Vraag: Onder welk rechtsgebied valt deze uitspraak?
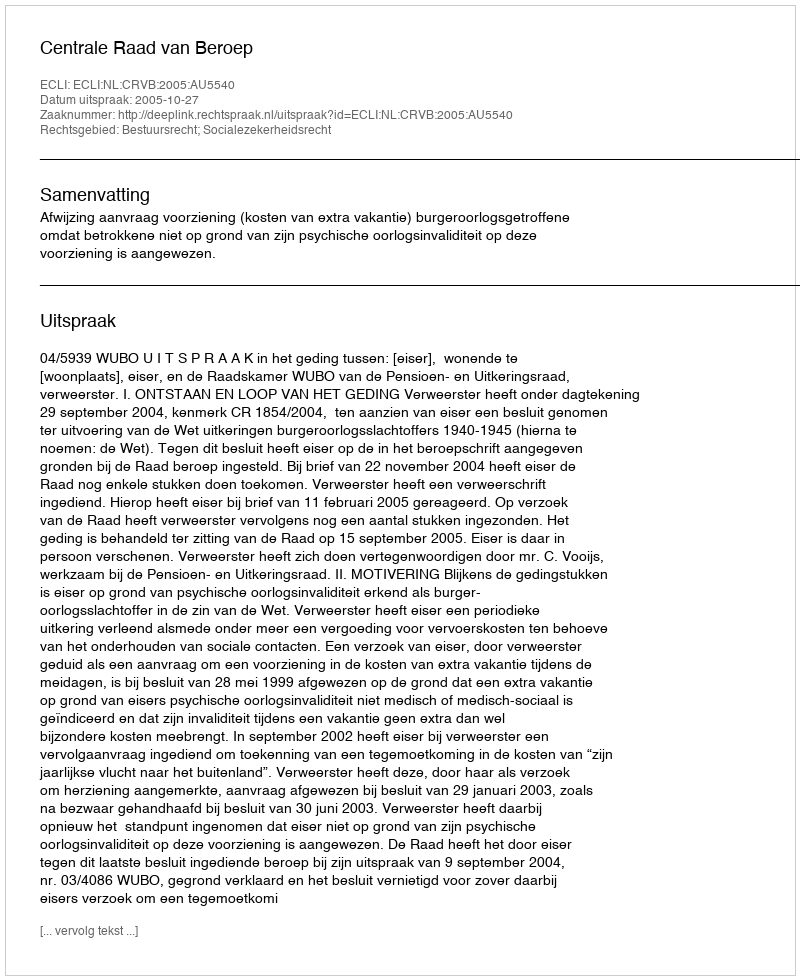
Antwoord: Bestuursrecht; Socialezekerheidsrecht